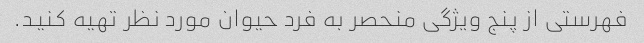
فهرستی از پنج ویژگی منحصر به فرد حیوان مورد نظر تهیه کنید.